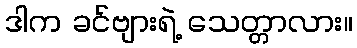
ဒါက ခင်ဗျားရဲ့ သေတ္တာလား။